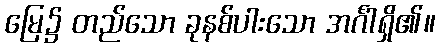
မြေ၌ တည်သော ခုနစ်ပါးသော အင်္ဂါရှိ၏။